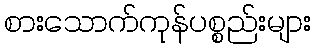
စားသောက်ကုန်ပစ္စည်းများ